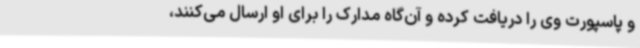
و پاسپورت وی را دریافت کرده و آن‌گاه مدارک را برای او ارسال می‌کنند،